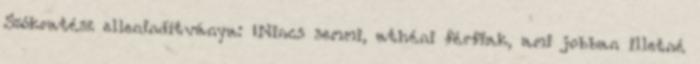
Szókratész ellenindítványa: „Nincs semmi, athéni férfiak, ami jobban illetné